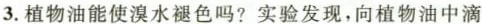
3.植物油能使溴水褪色吗?实验发现，向植物油中滴